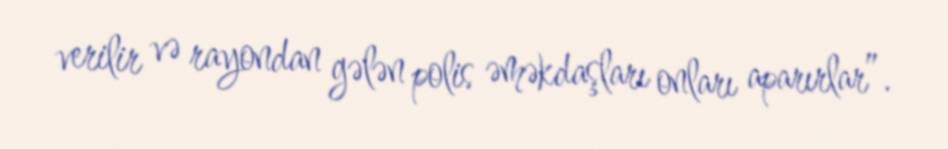
verilir və rayondan gələn polis əməkdaşları onları aparırlar”.